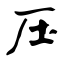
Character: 压